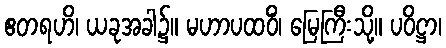
ဧတရဟိ၊ ယခုအခါ၌။ မဟာပထဝိံ၊ မြေကြီးသို့။ ပဝိဋ္ဌာ၊